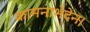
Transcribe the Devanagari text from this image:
कामनाभेदेन।